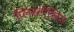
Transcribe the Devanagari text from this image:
प्लिस्टोसिन